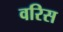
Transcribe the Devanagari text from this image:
वरिस